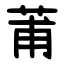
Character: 莆